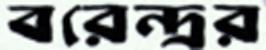
বরেন্দ্রর